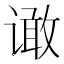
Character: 𰶆